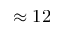
\approx 1 2